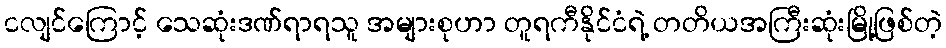
ငလျင်ကြောင့် သေဆုံးဒဏ်ရာရသူ အများစုဟာ တူရကီနိုင်ငံရဲ့ တတိယအကြီးဆုံးမြို့ဖြစ်တဲ့